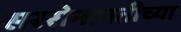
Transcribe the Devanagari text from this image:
सरसेनापतीच्या